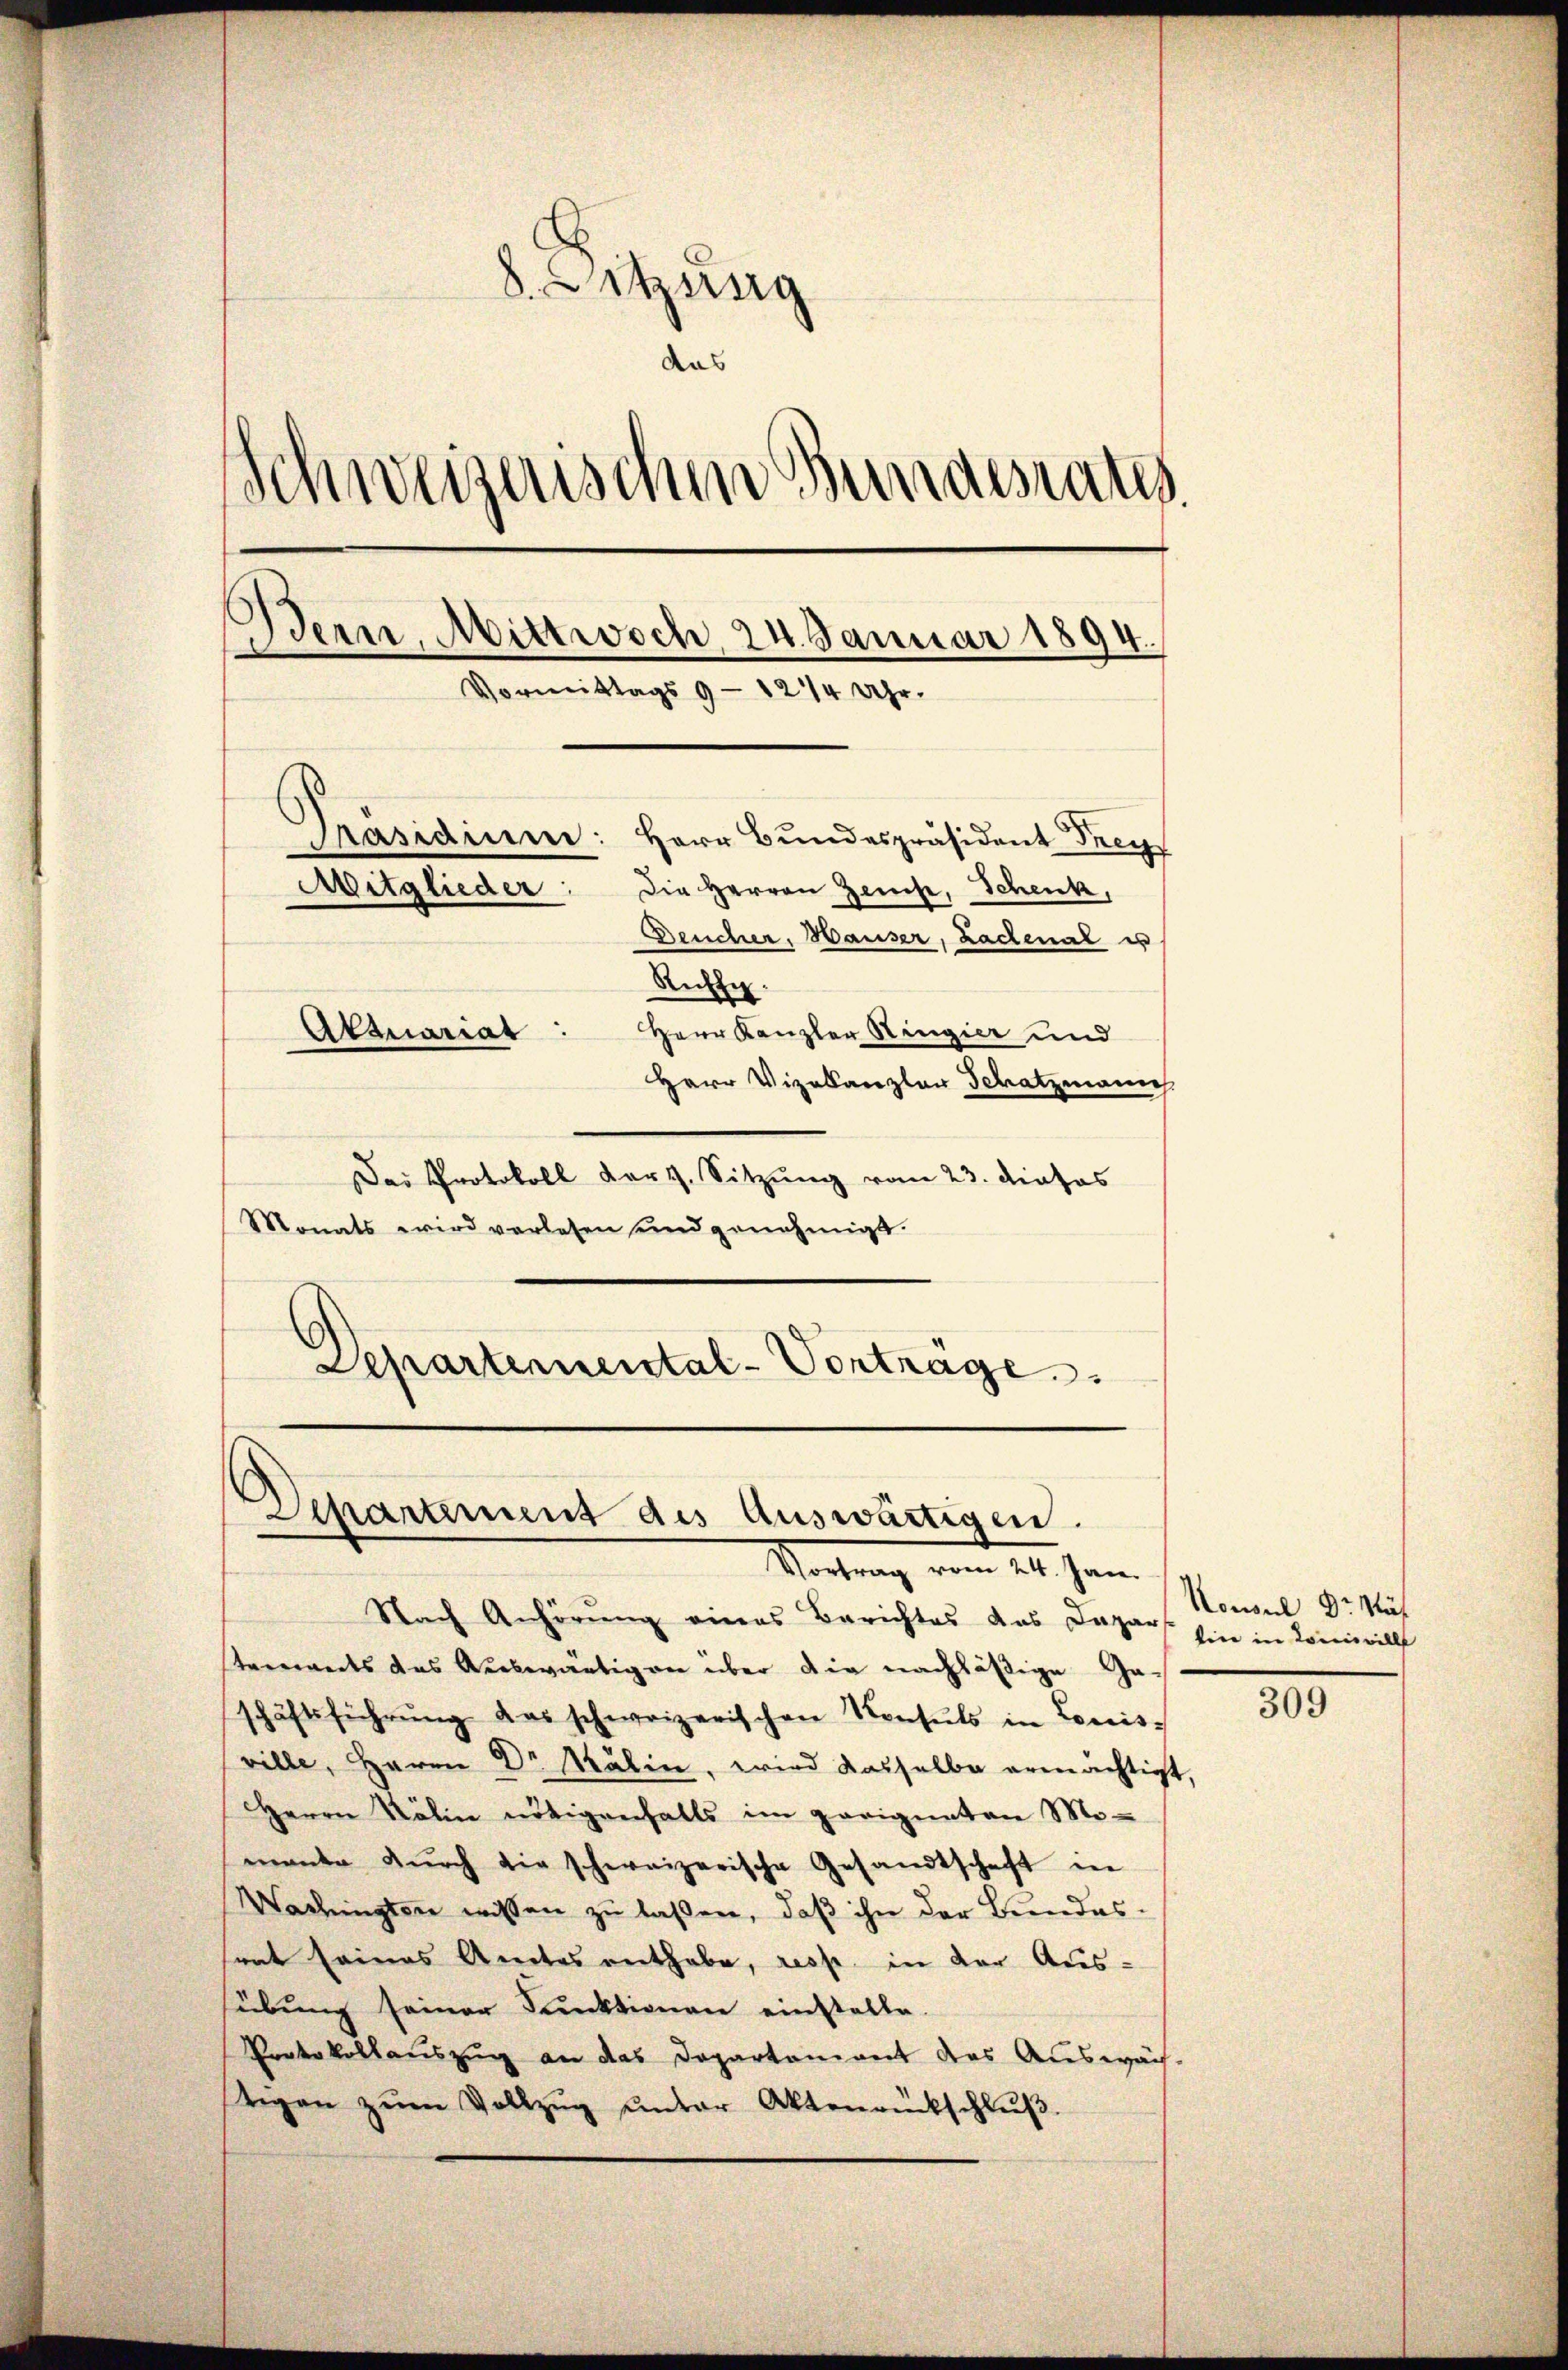
8. Sitzung
Schweizerischen Bundesrates
s
Bern, Mittwoch, 24. Januar 1894.
n
Vormittags 9 - 12/4 Uhr.
.
Präsidium: Herr Bundespräsident Frey
Mitglieder:
Die Herren Zeuse, Schenk,
Deucher, Hauser, Lachenal es
Riffe.
Attuariat: Herr Kanzler Ringier und
Herr Vizekanzlar Schatzmanich

Dei Protokoll darg. Sitzung vom 23. dieses
Monats wird verlesen und genehmigt.
Departemental-Vortrage.

Departement des Auswärtigen.
Mortung vom 24. Jan.

Nach Anhörung eines Berichtes das Dapars. Ein in Lonwill
tenwardts das Auswärtigen über die nachläßige Geschäftsführŭng das schweizerischen Konsuls in Louis-
ville, Herrn Dr. Kälin, wird dasselbe ermächtigt,
Herrn Kälin nötigenfalls im geeigneten Mo-
mante dŭrch die schweizerische Gesandtschaft in
Wachingten wissen zu laßen, daß ihn der Bundessrat seines Anertes enthabe, resp. in der Aussübung seiner Funktionen einstelle
Protokollauszug an das Departement das Auswäch-
tigen zŭm Vollzŭg ŭnter Aktenrückschlŭβ

Konsul Dr. Näf

309